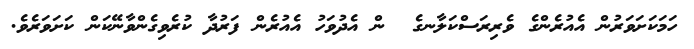
ހަމަކަށަވަރުން އެއުރެންގެ ވެރިރަސްކަލާނގެ  ން އެދުވަހު އެއުރެން ފަރުދާ ކުރެވިގެންވާނޭކަން ކަށަވަރެވެ.